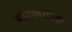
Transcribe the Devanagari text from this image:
दारुड्याच्या